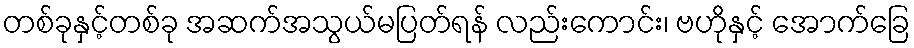
တစ်ခုနှင့်တစ်ခု အဆက်အသွယ်မပြတ်ရန် လည်းကောင်း၊ ဗဟိုနှင့် အောက်ခြေ